Civil Veterinary Dept. North-West Frontier Province 1901-22 - 1901-1922
Year: 1901
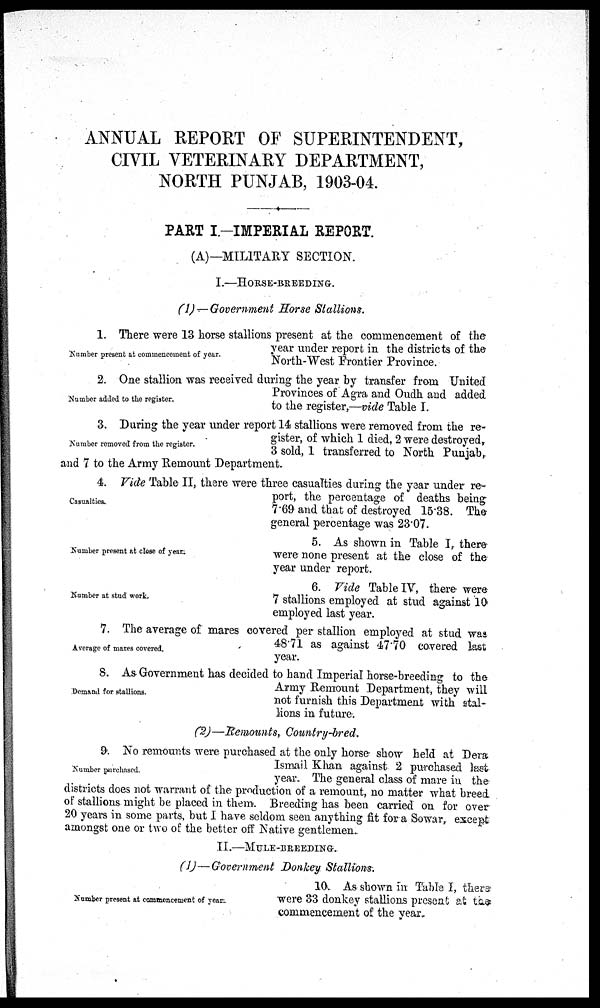
ANNUAL REPORT OF SUPERINTENDENT,
CIVIL VETERINARY DEPARTMENT,
NORTH PUNJAB, 1903-04.
PART I.-IMPERIAL REPORT.
(A)—MILITARY SECTION.
I.—HORSE-BREEDING.
(1)—Government Horse Stallions.
Number present at commencement of year.
1. There were 13 horse stallions present at the commencement of the
year under report in the districts of the
North-West Frontier Province.
Number added to the register.
2. One stallion was received during the year by transfer from United
Provinces of Agra and Oudh and added
to the register,—vide Table I.
Number removed from the register.
3. During the year under report 14 stallions were removed from the re-
gister, of which 1 died, 2 were destroyed,
3 sold, 1 transferred to North Punjab,
and 7 to the Army Remount Department.
Casualties.
4. Vide Table II, there were three casualties during the year under re-
port, the percentage of deaths being
7.69 and that of destroyed 15.38. The
general percentage was 23.07.
Number present at close of year.
5. As shown in Table I, there
were none present at the close of the
year under report.
Number at stud work.
6. Vide Table IV, there were
7 stallions employed at stud against 10
employed last year.
Average of mares covered.
7. The average of mares covered per stallion employed at stud was
48.71 as against 47.70 covered last
year.
Demand for stallions.
8. As Government has decided to hand Imperial horse-breeding to the
Army Remount Department, they will
not furnish this Department with stal-
lions in future.
(2)—Remounts, Country-bred.
Number purchased.
9. No remounts were purchased at the only horse show held at Dera
Ismail Khan against 2 purchased last
year. The general class of mare in the
districts does not warrant of the production of a remount, no matter what breed
of stallions might be placed in them. Breeding has been carried on for over
20 years in some parts, but I have seldom seen anything fit for a Sowar, except
amongst one or two of the better off Native gentlemen.
II.—MULE-BREEDING.
(1)—Government Donkey Stallions.
Number present at commencement of year.
10. As shown in Table I, there
were 33 donkey stallions present at the
commencement of the year.